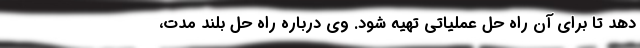
دهد تا برای آن راه حل عملیاتی تهیه شود. وی درباره راه حل بلند مدت،